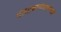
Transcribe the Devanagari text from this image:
पंतप्रधानांसमवेतही